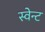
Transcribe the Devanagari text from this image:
स्वेन्ट